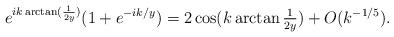
LaTeX: \begin{align*} e^{ik \arctan(\frac{1}{2y})} (1+e^{-ik/y}) = 2 \cos(k \arctan \tfrac{1}{2y}) + O(k^{-1/5}).\end{align*}